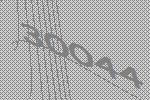
30044